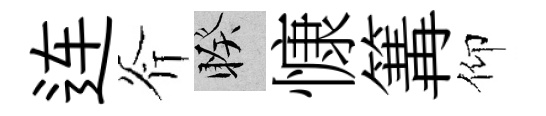
连斧睽慷篝仰